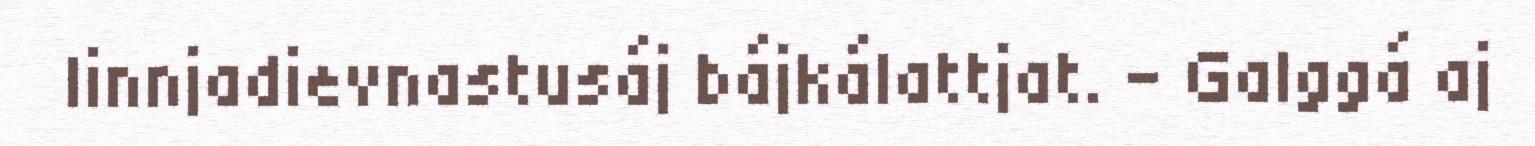
linnjadievnastusáj bájkálattjat. - Galggá aj